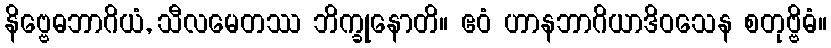
နိဗ္ဗေဓဘာဂိယံ, သီလမေတဿ ဘိက္ခုနောတိ။ ဧဝံ ဟာနဘာဂိယာဒိဝသေန စတုဗ္ဗိဓံ။